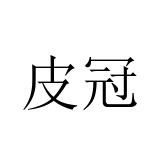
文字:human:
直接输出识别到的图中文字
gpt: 皮冠